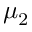
\mu _ { 2 }